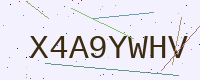
Text: X4A9YWHV